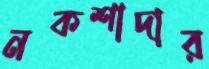
নকশাদার